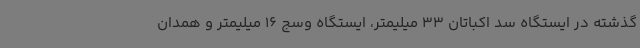
گذشته در ایستگاه سد اکباتان 33 میلیمتر، ایستگاه وسج 16 میلیمتر و همدان